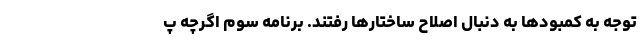
توجه به کمبودها به دنبال اصلاح ساختارها رفتند. برنامه سوم اگرچه پ